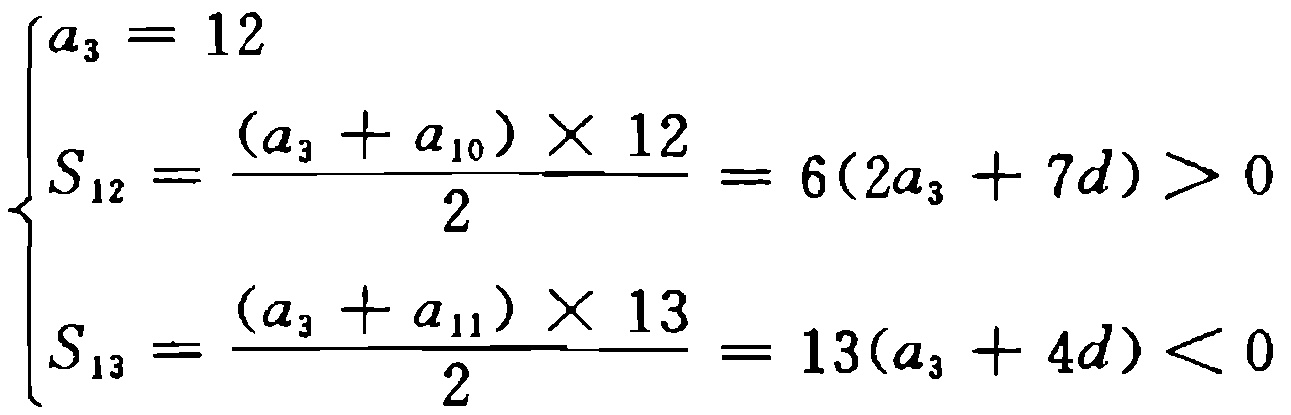
$\left\{\begin{array}{l}a_{3}=12\\S_{12}=\frac{(a_{3}+a_{10})\times12}{2}=6(2a_{3}+7d)>0\\S_{13}=\frac{(a_{3}+a_{11})\times13}{2}=13(a_{3}+4d)<0\end{array}\right.$